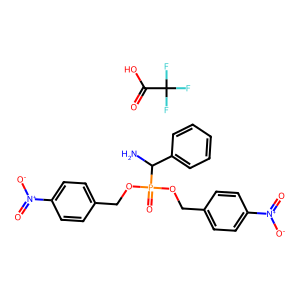
SMILES: NC(c1ccccc1)P(=O)(OCc1ccc([N+](=O)[O-])cc1)OCc1ccc([N+](=O)[O-])cc1.O=C(O)C(F)(F)F
Inhibits HIV replication: No